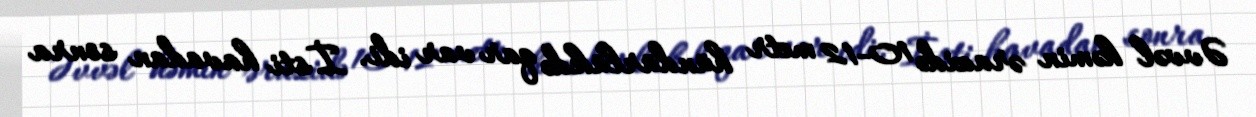
Əvvəl həmin ərazidə 10-12 metr hündürlükdə qar var idi. İsti havadan sonra